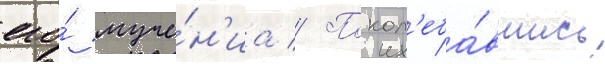
его́ муче́н'иа // Покол'еба́вшись